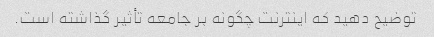
توضیح دهید که اینترنت چگونه بر جامعه تأثیر گذاشته است.